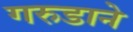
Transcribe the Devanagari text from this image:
गरुडाने